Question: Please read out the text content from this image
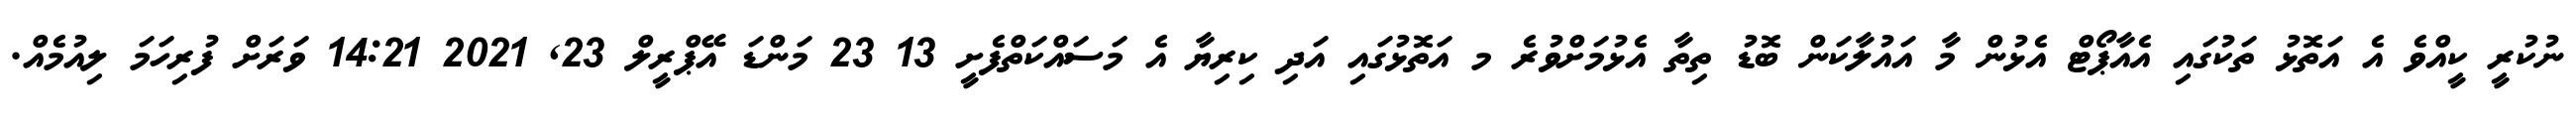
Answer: ނުކުރީ ކީއްވެ އެ އަތޮޅު ތަކުގައި އެއާޕޯޓް އެޅުން މާ އައުލާކަން ބޮޑު ތިތާ އެޅުމަށްވުރެ މ އަތޮޅުގައި އަދި ކިރިޔާ އެ މަސައްކަތްފެށީ 13 23 މަންޑަ އޭޕްރީލް 23, 2021 14:21 ވަރަށް ފުރިހަމަ ލިއުމެއް.